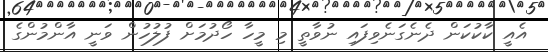
އެއީ ކާކުކަން ދެނެގަނެވިފައި ނުވާތީ މި މީހާ ހޯދުމަށް ފުލުހުން ވަނީ އާންމުންގެ